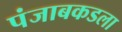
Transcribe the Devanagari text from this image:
पंजाबकडला